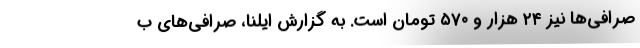
صرافی‌ها نیز ۲۴ هزار و ۵۷۰ تومان است. به گزارش ایلنا، صرافی‌های ب